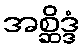
အစ္ဆိဒ္ဒံ